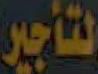
لتأجير